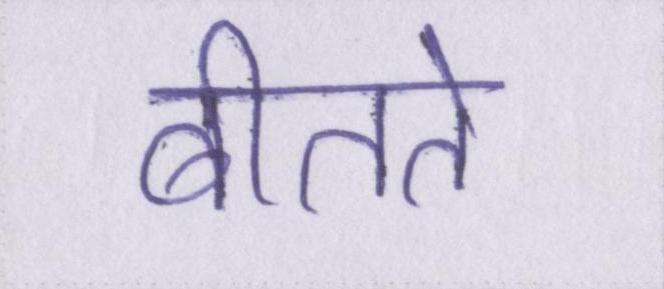
बीतते